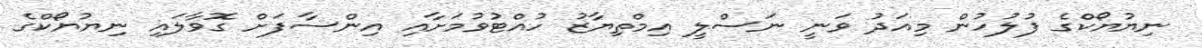
ނިޔުޔޯކްގެ ފުލުހުން މިއަދު ވަނީ ނަސްލީ އިމްތިޔާޒު ހުއްޓުވުމަށާއި އިންސާފަށް ގޮވާލައި ނިޔުޔޯކްގެ